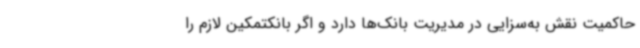
حاکمیت نقش به‌سزایی در مدیریت بانک‌ها دارد و اگر بانکتمکین لازم را